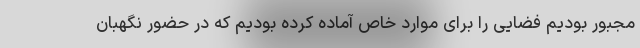
مجبور بودیم فضایی را برای موارد خاص آماده کرده بودیم که در حضور نگهبان